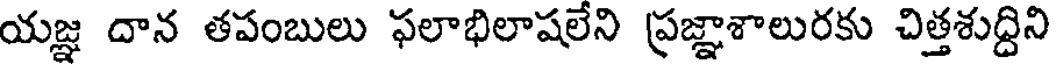
యజ్ఞ దాన తపంబులు ఫలాభిలాషలేని ప్రజ్ఞాశాలురకు చిత్తశుద్దిని